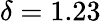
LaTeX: \delta=1.23